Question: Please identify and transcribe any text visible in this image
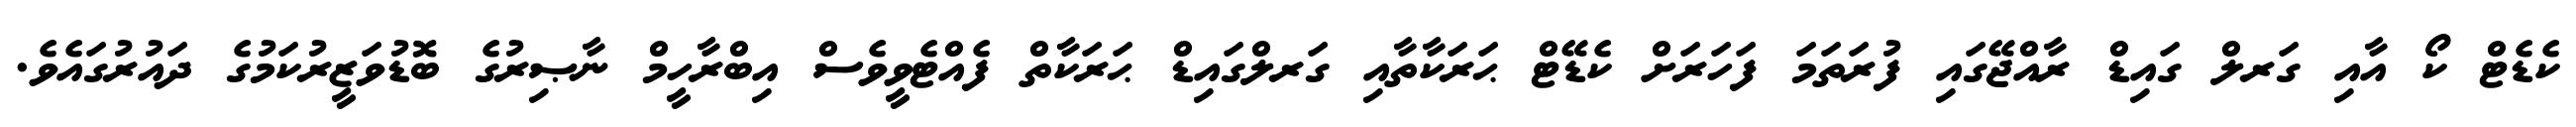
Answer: ކެޑެޓް ކޯ އާއި ގަރލް ގައިޑް ރާއްޖޭގައި ފުރަތަމަ ފަހަރަށް ކެޑޭޓް ޙަރަކާތާއި ގަރލްގައިޑް ޙަރަކާތް ފެއްޓެވީވެސް އިބްރާހީމް ނާޞިރުގެ ބޮޑުވަޒީރުކަމުގެ ދައުރުގައެވެ.